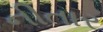
નીતાર